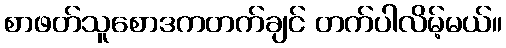
စာဖတ်သူစောဒကတက်ချင် တက်ပါလိမ့်မယ်။